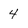
Character: 4